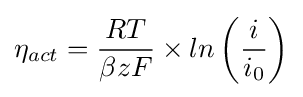
{\eta }_{act}={\frac {RT}{{\beta }zF}}\times ln\left({\frac {i}{{i}_{0}}}\right)